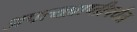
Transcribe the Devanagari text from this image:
अपत्यप्राप्तीपर्यंत